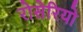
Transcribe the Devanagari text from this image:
रोसेरियो